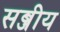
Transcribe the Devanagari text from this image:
सब्जीय